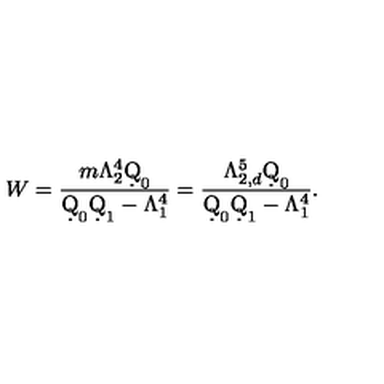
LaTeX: W = \frac { m \Lambda _ { 2 } ^ { 4 } \d Q _ { 0 } } { \d Q _ { 0 } \d Q _ { 1 } - \Lambda _ { 1 } ^ { 4 } } = \frac { \Lambda _ { 2 , d } ^ { 5 } \d Q _ { 0 } } { \d Q _ { 0 } \d Q _ { 1 } - \Lambda _ { 1 } ^ { 4 } } .